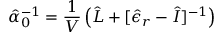
\hat { \alpha } _ { 0 } ^ { - 1 } = \frac { 1 } { V } \left( \hat { L } + [ \hat { \epsilon } _ { r } - \hat { I } ] ^ { - 1 } \right)